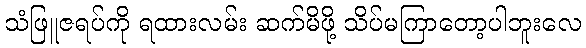
သံဖြူဇရပ်ကို ရထားလမ်း ဆက်မိဖို့ သိပ်မကြာတော့ပါဘူးလေ